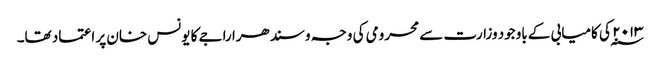
۲۰۱۳ ؁ کی کامیابی کے باوجود وزارت سے محرومی کی وجہ وسندھرا راجے کا یونس خان پر اعتماد تھا۔